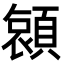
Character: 𮨖